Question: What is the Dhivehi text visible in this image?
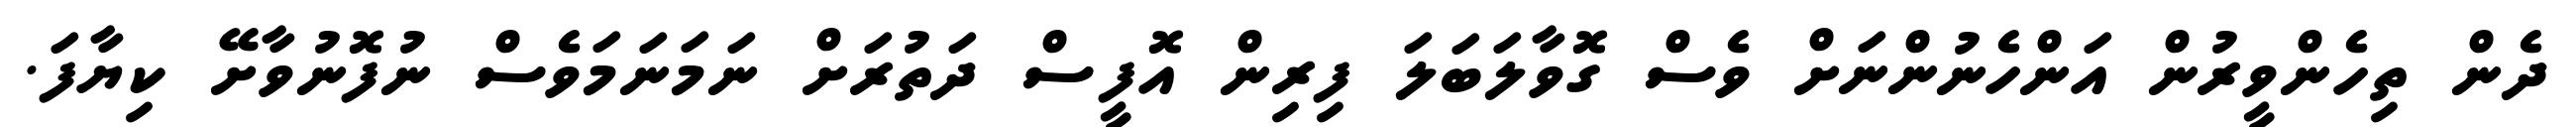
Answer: ދެން ތިހެންވީރުން އަންހެނުންނަށް ވެސް ގޮވާލަބަލަ ފިރިން އޮފީސް ދަތުރަށް ނަމަނަމަވެސް ނުފޮނުވާށޭ ކިޔާފަ.